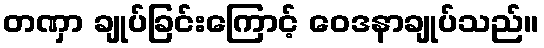
တဏှာ ချုပ်ခြင်းကြောင့် ဝေဒနာချုပ်သည်။